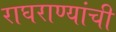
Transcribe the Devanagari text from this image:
राघराण्यांची